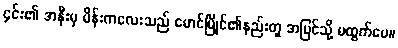
၄င်း၏ အနီးမှ မိန်းကလေးသည် မောင်မြိုင်၏နည်းတူ အပြင်သို့ မထွက်ပေ။